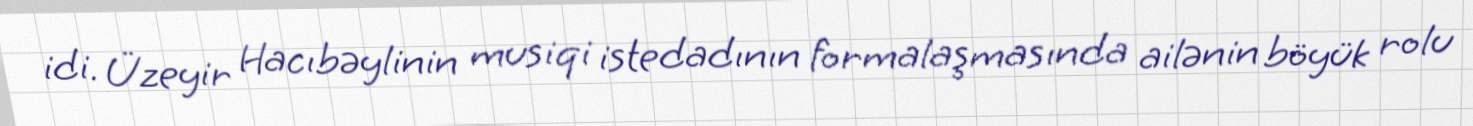
idi. Üzeyir Hacıbəylinin musiqi istedadının formalaşmasında ailənin böyük rolu